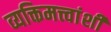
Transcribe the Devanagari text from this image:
व्यक्तिमत्त्वांशी